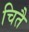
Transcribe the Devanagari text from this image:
चितै